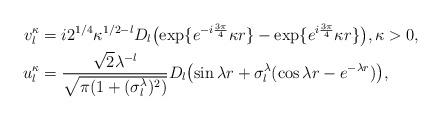
LaTeX: \begin{align*} v_{l}^{\kappa} &= i2^{1/4}\kappa^{1/2-l} D_{l} \bigl( \exp\{e^{-i\frac{3\pi}{4}} \kappa r \} -\exp\{e^{i\frac{3\pi}{4}} \kappa r \} \bigr), \kappa > 0,\\ u_{l}^{\kappa} &= \frac{\sqrt{2}\lambda^{-l}}{\sqrt{\pi(1+(\sigma_{l}^{\lambda})^{2})}} D_{l} \bigl(\sin\lambda r + \sigma_{l}^{\lambda} (\cos\lambda r - e^{-\lambda r})\bigr) ,\end{align*}